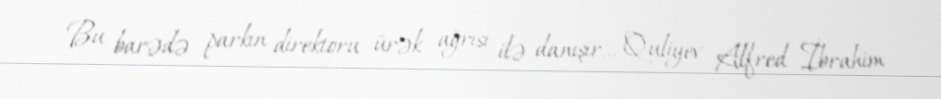
Bu barədə parkın direktoru ürək ağrısı ilə danışır... Quliyev Alfred İbrahim